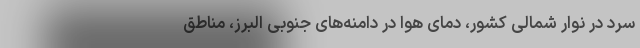
سرد در نوار شمالی کشور، دمای هوا در دامنه‌های جنوبی البرز، مناطق